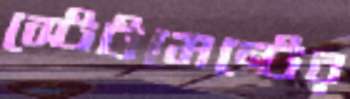
স্টেটমেন্টের